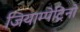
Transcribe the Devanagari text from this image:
जियाम्पेट्रिनो